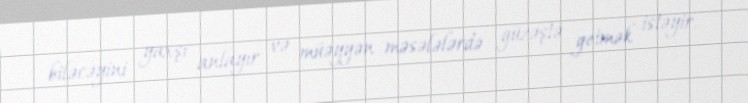
biləcəyini yaxşı anlayır və müəyyən məsələlərdə güzəştə getmək istəyir.